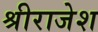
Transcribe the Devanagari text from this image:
श्रीराजेश